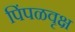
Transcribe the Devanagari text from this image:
पिंपळवृक्ष